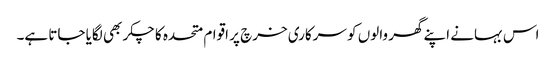
اس بہانے اپنے گھر والوں کو سرکاری خرچ پر اقوام متحدہ کا چکر بھی لگایا جاتا ہے۔